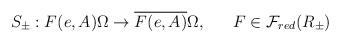
LaTeX: \begin{align*}S_\pm: F(e,A) \Omega \rightarrow \overline{F(e,A)} \Omega ,~~~~~ F \in {\cal F}_{red}(R_\pm)\end{align*}